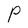
Character: P